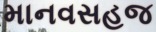
માનવસહજ